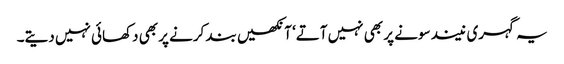
یہ گہری نیند سونے پر بھی نہیں آتے‘ آنکھیں بند کرنے پر بھی دکھائی نہیں دیتے۔